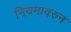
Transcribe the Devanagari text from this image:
नियमावरुन